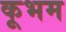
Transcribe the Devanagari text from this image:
कूभम